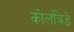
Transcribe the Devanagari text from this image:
कोलंबिडे